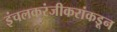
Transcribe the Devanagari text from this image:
इंचलकरंजीकरांकडून